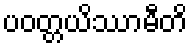
ပဝတ္တယိဿာမီတိ